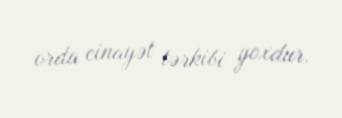
orda cinayət tərkibi yoxdur.